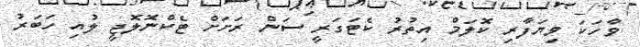
ވާހަކަ ވިޔަފާރި ކޮލަމް އިތުރު ކެޓަގަރީ ސަން ރަށަށް ޓެކްނޮލޮޖީ ލުއި ހަބަރު